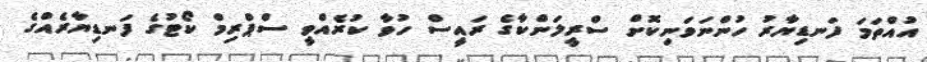
އުއްތަމަ ފަނޑިޔާރު ހުންނަވަނިކޮށް ސްރީލަންކާގެ ރައީސް ހުވާ ކުރެއްވީ ސްޕްރިމް ކޯޓުގެ ފަނޑިޔާރެއްގެ